Statistical return of the lunatic asylum in Assam - 1912-1932
Year: 1912
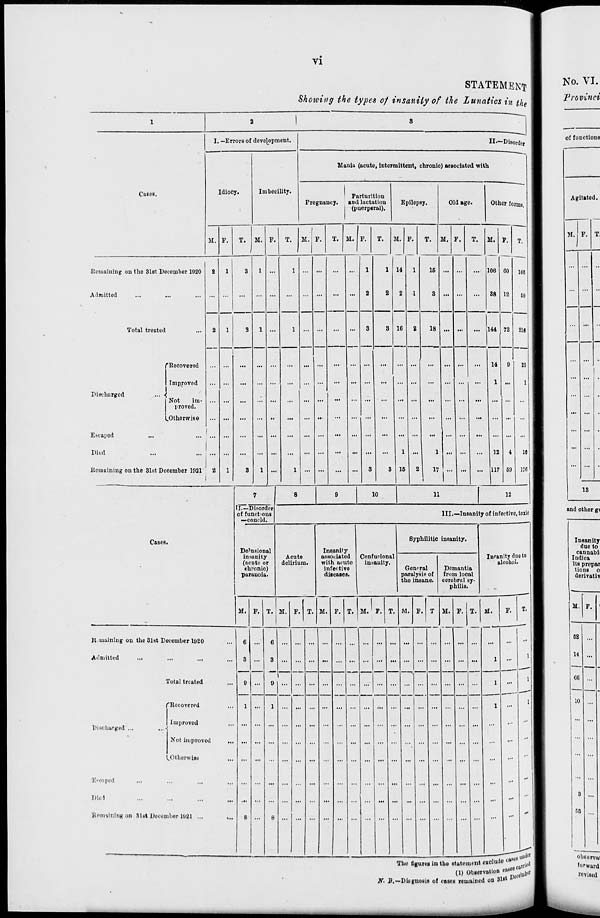
vi
STATEMENT
Showing the types of insanity of the Lunatics in the
Cases.
I. -Errors of development.
Idiocy.
Imbecility.
II.—Disorder
Mania (acute, intermittent, chronic) associated with
Parturition
Pregnancy.
and lactation
i (puerperal).
Epilepsy.
M.
T.
M. P.
M.
T. M.
Remaining on the 31st December 1920
Admitted
Total treated
fRecovered
Improved
Discharged
<
Not
im-
proved.
^Otherwise
Escaped
Died
Remaining on the 31st December 1021
M.
11
P.
Old age.
Other forms.
M. F.
1G
15
18
M.
100
88
... 144 72
CO
12
17
14
ice
60
1 .
12
1117
210
23
It
lit
Cases.
II.—Disorder
of functions
—concld.
Delusional
insanity
(acute or
chronic)
paranoia.
10
11
12
III.—Insanity of infective, toiic
Acute
dolirium.
Insanity
associated
with acute
infective
diseases.
Confusional
insanity.
Syphilitic insanity.
General
paralysis of
the insane.
Dcmantia
from local
cerebral sy-
philis.
InFanity duo to
alcohol.
Discharged
R uiainhig on tho 31st December 1020
Admitted
Total treated
("Recovered
Improved
Not improved
^Otherwise
E«oapod
Died
Remaining on 31st Decembor 1021 ...
.-!
Tho figures iu tho statement excludo cftSt^r
rif a
(1) Observation ^^r
JV. J?.—Diagnosis of cases remained on W